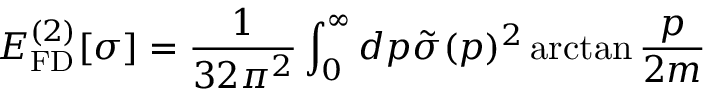
E _ { \mathrm { F D } } ^ { ( 2 ) } [ \sigma ] = \frac { 1 } { 3 2 \pi ^ { 2 } } \int _ { 0 } ^ { \infty } d p \tilde { \sigma } ( p ) ^ { 2 } \arctan \frac { p } { 2 m }